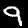
Digit: 9